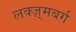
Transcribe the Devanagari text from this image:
लक्ज़्मबर्ग